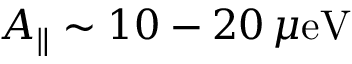
A _ { \parallel } \sim 1 0 - 2 0 \, \mu \mathrm { e V }